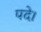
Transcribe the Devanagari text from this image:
पदे।